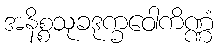
အနိစ္စသုခဒုက္ခဝေါကိဏ္ဏံ